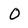
Character: 0